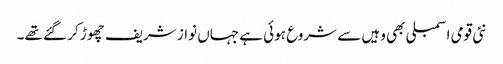
نئی قومی اسمبلی بھی وہیں سے شروع ہوئی ہے جہاں نواز شریف چھوڑ کر گئے تھے۔